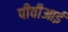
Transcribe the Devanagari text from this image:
पीवीआई